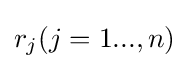
r_{j}(j=1...,n)